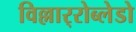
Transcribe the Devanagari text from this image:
विल्लार्‍रोब्लेडो